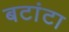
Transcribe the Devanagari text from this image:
बटांटा